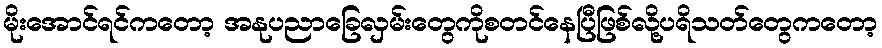
မိုးအောင်ရင်ကတော့ အနုပညာခြေလှမ်းတွေကိုစတင်နေပြီဖြစ်လို့ပရိသတ်တွေကတော့